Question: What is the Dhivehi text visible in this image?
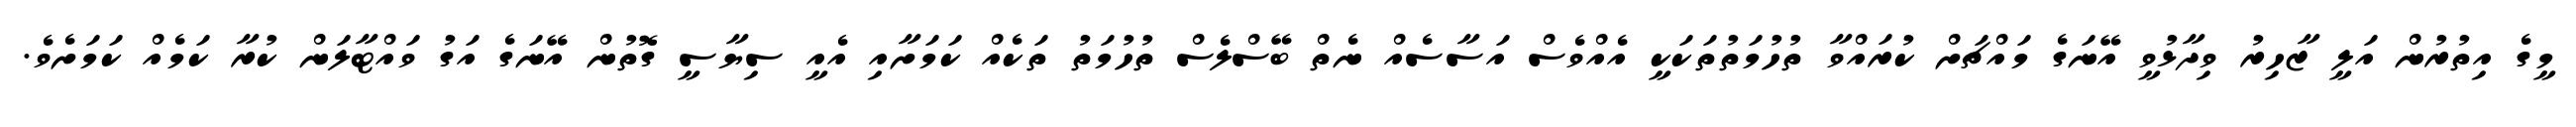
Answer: މީގެ އިތުރުން އަލީ ޒާހިރު ވިދާޅުވީ އޭނަގެ މައްޗަށް ކުރައްވާ ތުހުމަތުތަކަކީ އެއްވެސް އަސާސެއް ނެތް ބޭސްލެސް ތުހުމަތު ތަކެއް ކަމަށާއި އެއީ ސިޔާސީ ގޮތުން އޭނަގެ އަގު ވައްޓާލަން ކުރާ ކަމެއް ކަމަށެވެ.